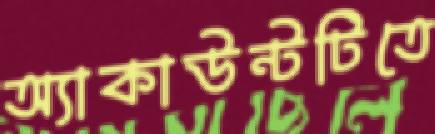
অ্যাকাউন্টটিতে